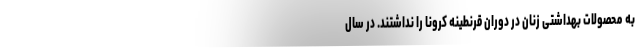
به محصولات بهداشتی زنان در دوران قرنطینه کرونا را نداشتند. در سال